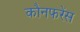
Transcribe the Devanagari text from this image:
कौनफरेंस